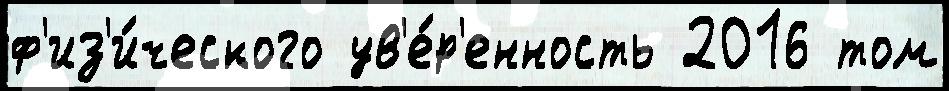
ф'из'и́ческого ув'е́р'енность 2016 том